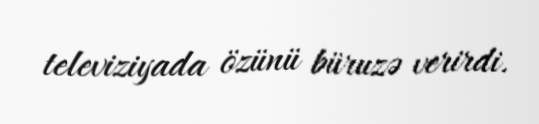
televiziyada özünü büruzə verirdi.